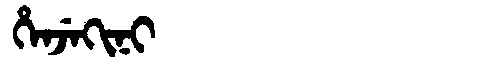
Manchu: ᡥᡝᠨᠵᡝᡴᡳᠨᡳ
Romanization: HENJEKINI